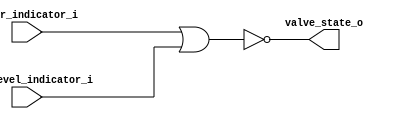
/* Controls inlet valve status based 
	on water level and error sensor. */

module inlet_valve_trigger
(
	input wire  high_level_indicator_i,
	input wire  error_indicator_i, 
	output wire valve_state_o
);
	
	// Uses the NOR gate on error and high level signals  
	nor valve_activation_result
	(
		 valve_state_o, 
		 error_indicator_i, 
		 high_level_indicator_i
	);
	
endmodule